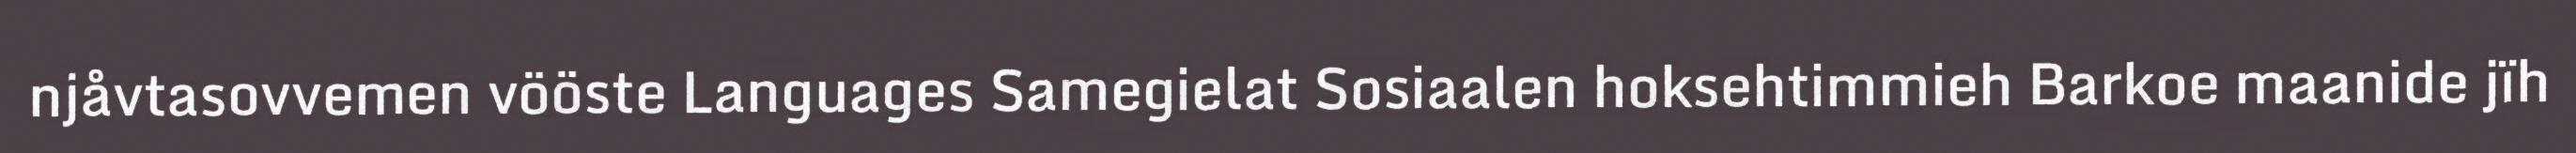
njåvtasovvemen vööste Languages Samegielat Sosiaalen hoksehtimmieh Barkoe maanide jïh